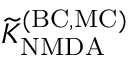
{ \widetilde K } _ { \mathrm { N M D A } } ^ { \mathrm { ( B C , M C ) } }